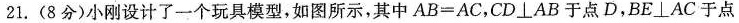
21. (8分)小刚设计了一个玩具模型，如图所示，其中$$A B = A C$$，CD \bot AB于点D，BE \bot AC于点